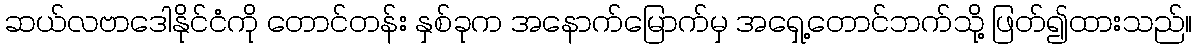
ဆယ်လဗာဒေါနိုင်ငံကို တောင်တန်း နှစ်ခုက အနောက်မြောက်မှ အရှေ့တောင်ဘက်သို့ ဖြတ်၍ထားသည်။